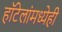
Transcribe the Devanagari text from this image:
हॉटेलांमध्येही